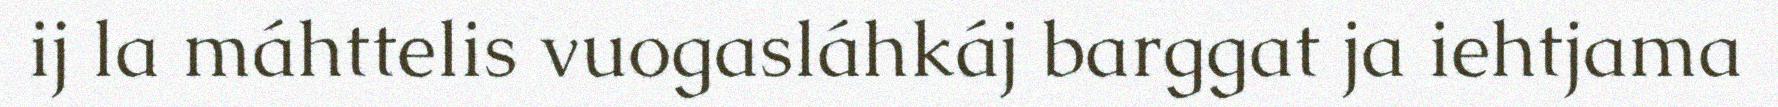
ij la máhttelis vuogasláhkáj barggat ja iehtjama